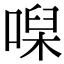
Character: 𠹠